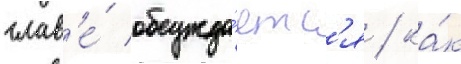
глав'е́ обсужда́етс'я / ка́к